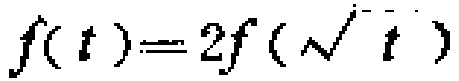
\(f(t)=2f(\sqrt{t})\)